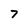
Character: 7